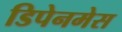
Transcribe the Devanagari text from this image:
डिपेनमेस